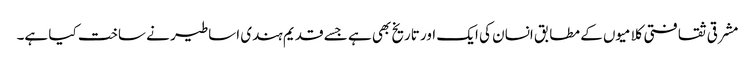
مشرقی ثقافتی کلامیوں کے مطابق انسان کی ایک اور تاریخ بھی ہے جسے قدیم ہندی اساطیر نے ساخت کیا ہے۔